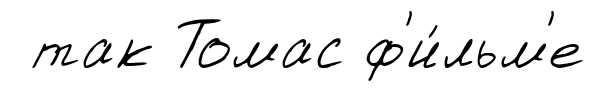
так Томас ф'и́льм'е